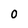
Character: 0